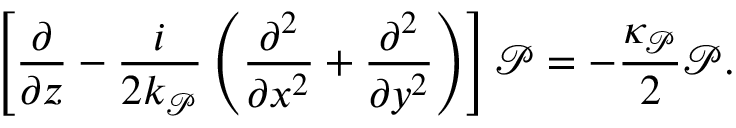
\left[ \frac { \partial } { \partial z } - \frac { i } { 2 k _ { \mathcal { P } } } \left( \frac { \partial ^ { 2 } } { \partial x ^ { 2 } } + \frac { \partial ^ { 2 } } { \partial y ^ { 2 } } \right) \right] \mathcal { P } = - \frac { \kappa _ { \mathcal { P } } } { 2 } \mathcal { P } .